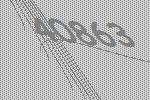
40863